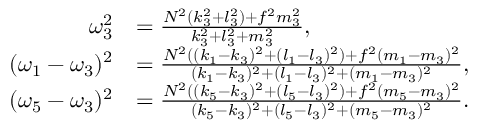
\begin{array} { r l } { \omega _ { 3 } ^ { 2 } } & { = \frac { N ^ { 2 } ( k _ { 3 } ^ { 2 } + l _ { 3 } ^ { 2 } ) + f ^ { 2 } m _ { 3 } ^ { 2 } } { k _ { 3 } ^ { 2 } + l _ { 3 } ^ { 2 } + m _ { 3 } ^ { 2 } } , } \\ { ( \omega _ { 1 } - \omega _ { 3 } ) ^ { 2 } } & { = \frac { N ^ { 2 } ( ( k _ { 1 } - k _ { 3 } ) ^ { 2 } + ( l _ { 1 } - l _ { 3 } ) ^ { 2 } ) + f ^ { 2 } ( m _ { 1 } - m _ { 3 } ) ^ { 2 } } { ( k _ { 1 } - k _ { 3 } ) ^ { 2 } + ( l _ { 1 } - l _ { 3 } ) ^ { 2 } + ( m _ { 1 } - m _ { 3 } ) ^ { 2 } } , } \\ { ( \omega _ { 5 } - \omega _ { 3 } ) ^ { 2 } } & { = \frac { N ^ { 2 } ( ( k _ { 5 } - k _ { 3 } ) ^ { 2 } + ( l _ { 5 } - l _ { 3 } ) ^ { 2 } ) + f ^ { 2 } ( m _ { 5 } - m _ { 3 } ) ^ { 2 } } { ( k _ { 5 } - k _ { 3 } ) ^ { 2 } + ( l _ { 5 } - l _ { 3 } ) ^ { 2 } + ( m _ { 5 } - m _ { 3 } ) ^ { 2 } } . } \end{array}